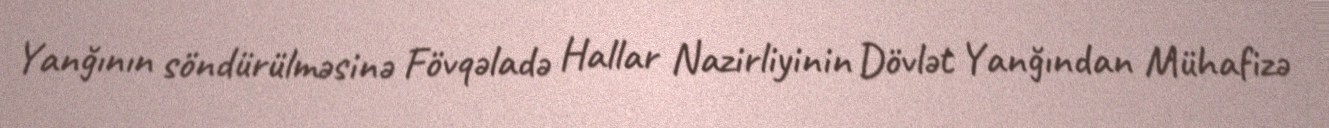
Yanğının söndürülməsinə Fövqəladə Hallar Nazirliyinin Dövlət Yanğından Mühafizə